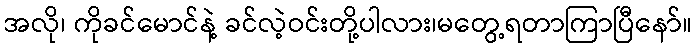
အလို၊ ကိုခင်မောင်နဲ့ ခင်လဲ့ဝင်းတို့ပါလား၊မတွေ့ရတာကြာပြီနော်။